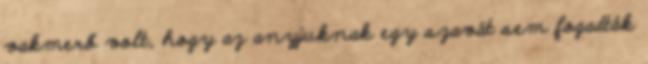
vakmerő volt, hogy az anyjuknak egy szavát sem fogadták